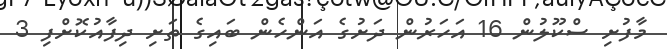
މާފުށި ސްކޫލުން 16 އަހަރުން ދަށުގެ އަންހެން ބައިގެ ތަށި ދިފާއުކޮށްފި 3